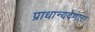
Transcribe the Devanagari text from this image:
प्राधान्यदेणारा